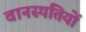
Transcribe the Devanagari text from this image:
वानस्पतियों